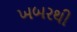
ખબરથી